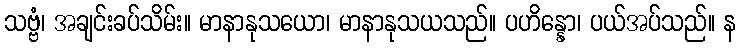
သဗ္ဗံ၊ အချင်းခပ်သိမ်း။ မာနာနုသယော၊ မာနာနုသယသည်။ ပဟိန္နော၊ ပယ်အပ်သည်။ န